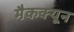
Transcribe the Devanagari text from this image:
मैकक्यून